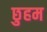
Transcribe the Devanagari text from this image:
छुहम